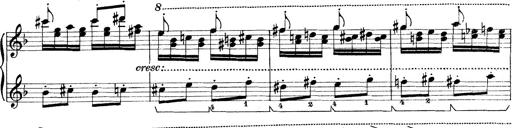
Title: Rapsodie: 19 ungheresi, 1 spagnuola
Composer: Franz Liszt